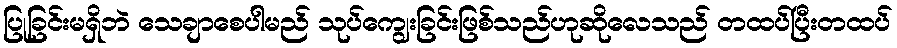
ပြုခြင်းမရှိဘဲ သေချာစေပါမည် သုပ်ကျွေးခြင်းဖြစ်သည်ဟုဆိုလေသည် တထပ်ပြီးတထပ်